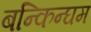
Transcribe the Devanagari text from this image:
बन्किन्घम